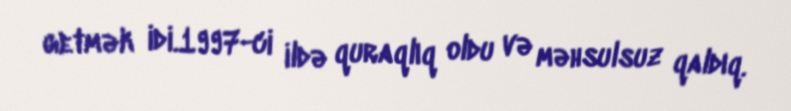
getmək idi.1997-ci ildə quraqlıq oldu və məhsulsuz qaldıq.